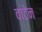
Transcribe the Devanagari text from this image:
वाटेन